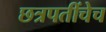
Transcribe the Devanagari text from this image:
छत्रपतींचेच